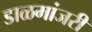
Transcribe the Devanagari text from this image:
डाळमांजरी